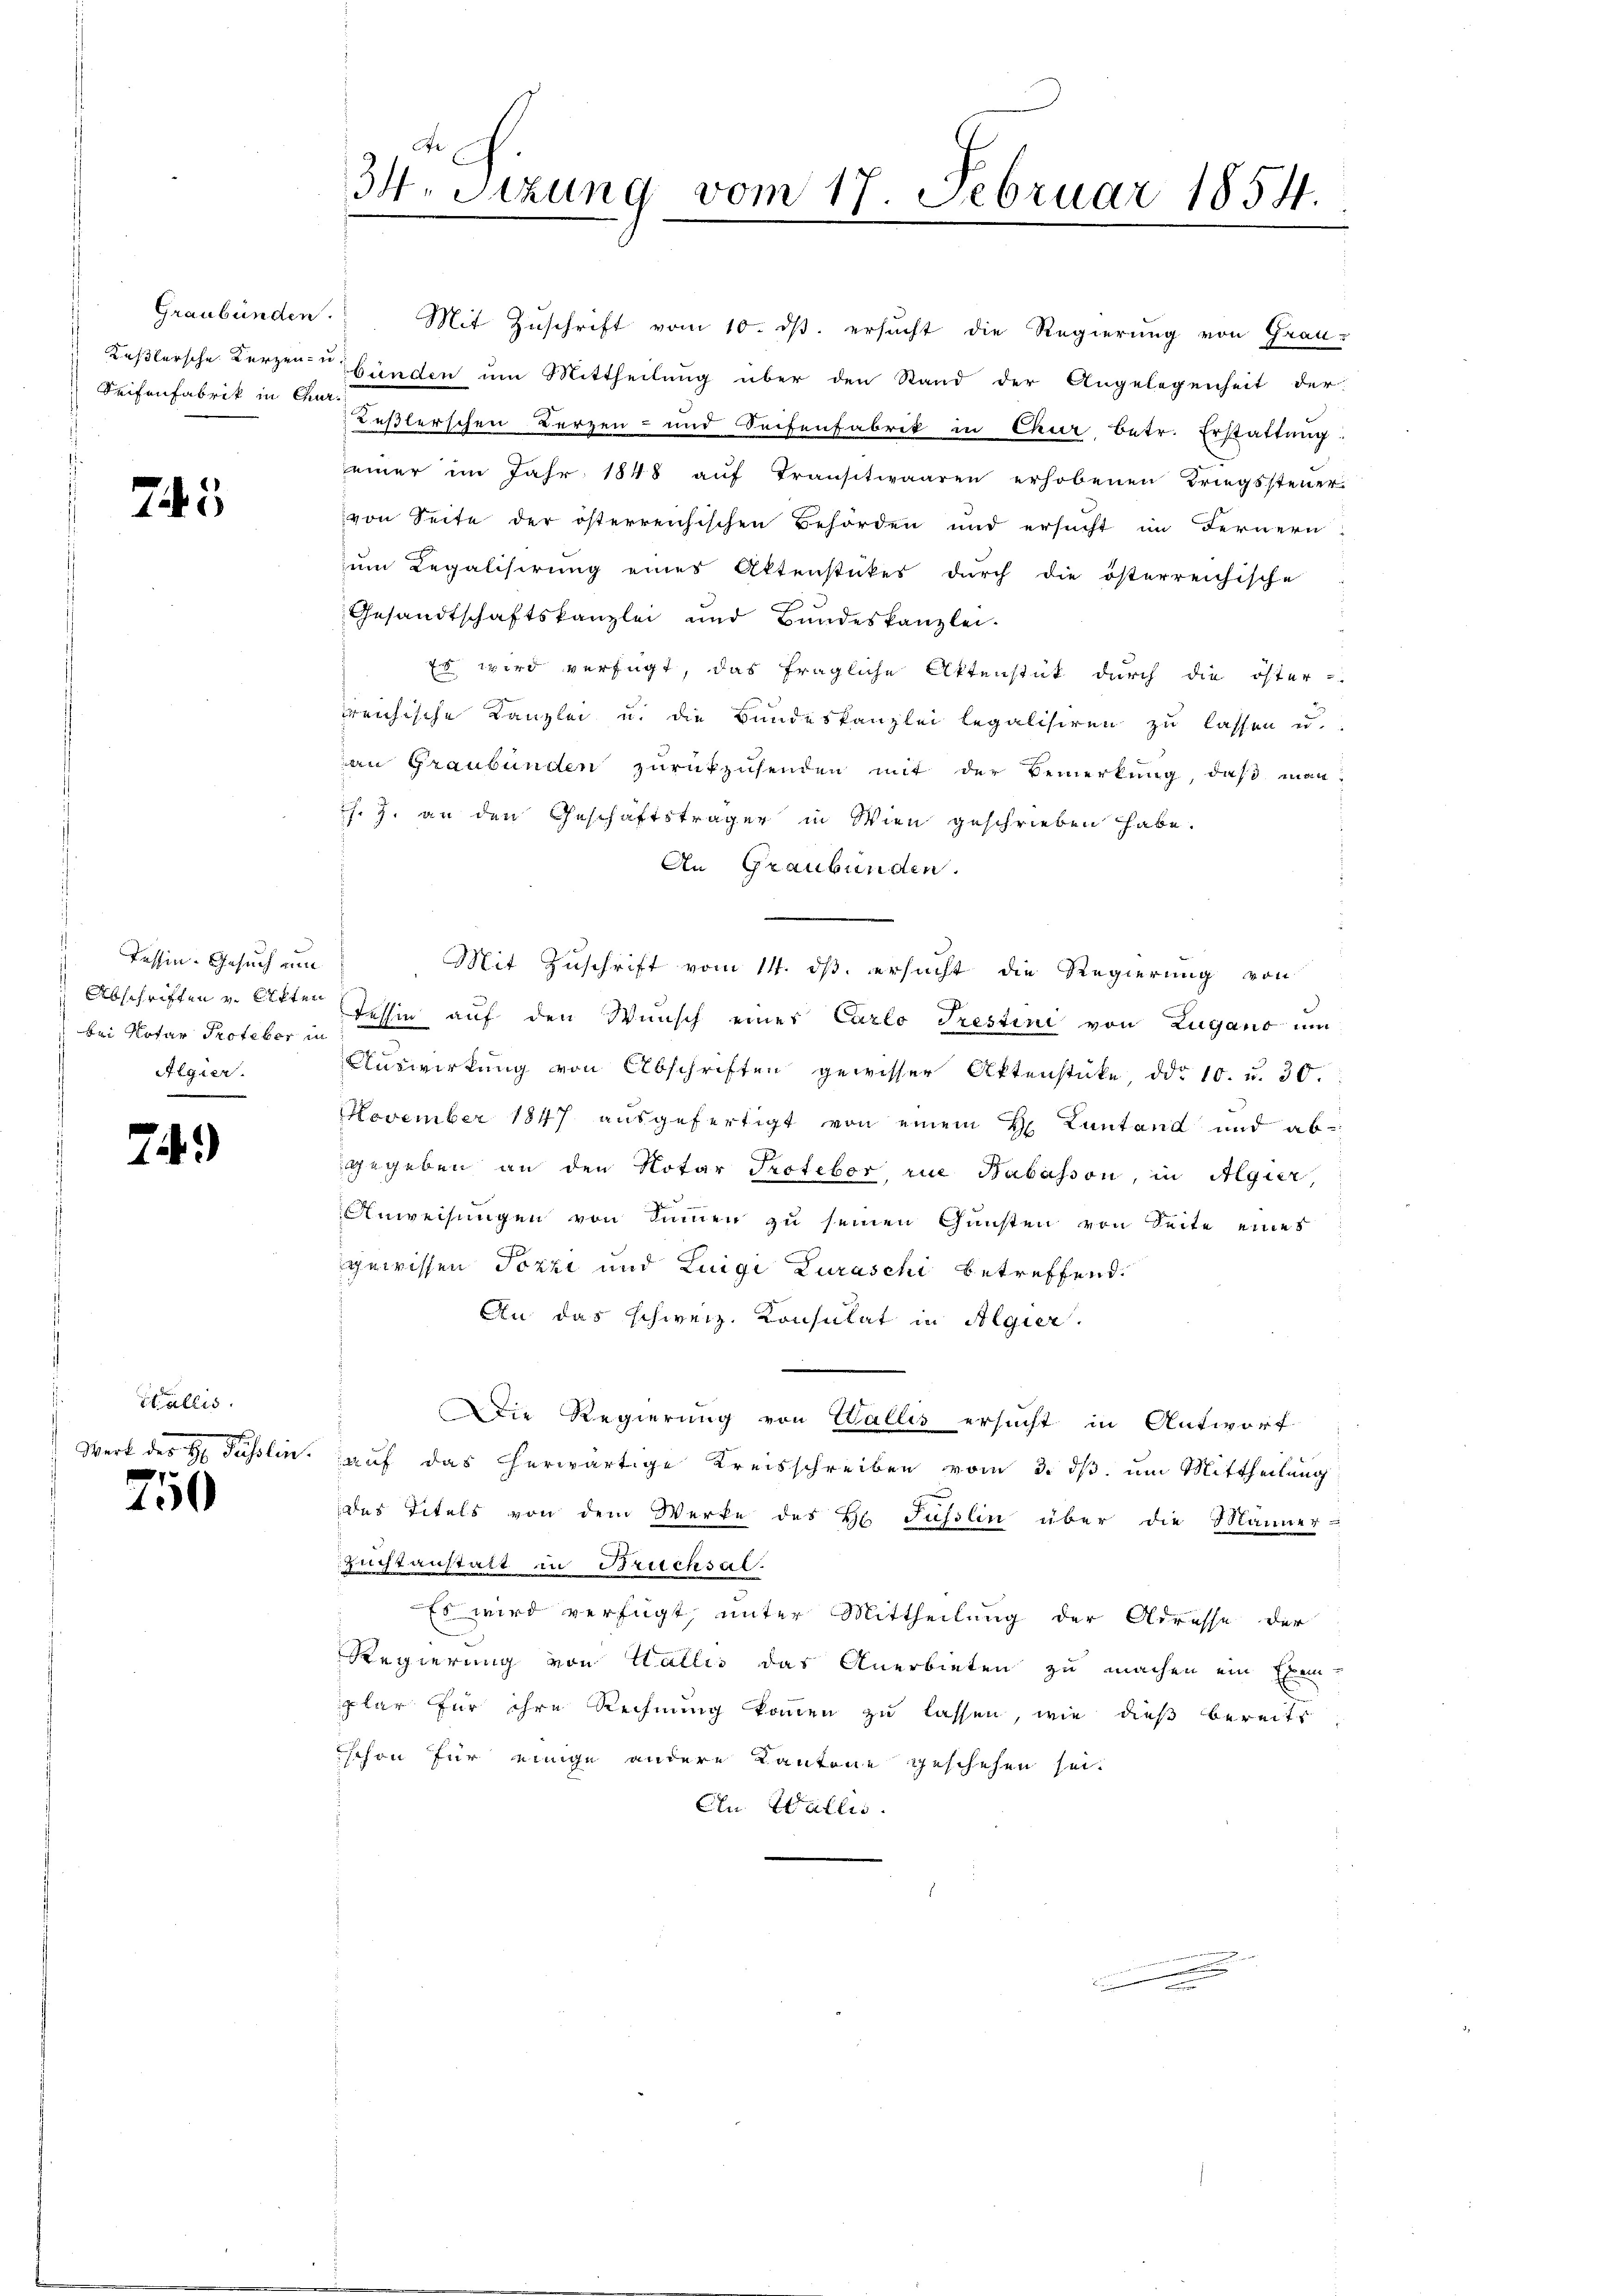
Graubünden.
Reifenfabrik in Chur¬

745

Tessin. Gesuch um
bei Notar Profeßor in
Algier

74.)

Wallis.

g
1

34. Sitzung vom 17. Februar 1854.

Mit Zuschrift vom 10. ds. ersucht die Regierung von Grau-
 Keßlersche Kerzenbünden um Mittheilung über den Stand der Angelegenheit der
deßlerschen Berzen- und Seifenfabrik in Chur betr. Erstattung.
einer im Jahr 1848 aŭf transtwaaren erhobenen Kriegssteŭer-
von Seite der österreichischen Behörden und ersŭcht im Fernern
zum Regalisirung eines Aktenstückes dŭrch die österreichische
Gesandtschaftskanzlei und Bundeskanzlei-
Es wird verfügt, das fragliche Aktenstück durch die öster-
weichische Kanzlei u. die Bundeskanzlei legalisiren zu lassen u.
an Graubünden zurückzusenden mit der Bemerkung, daß man-
J. J. an den Geschäftsträger in Wien geschrieben habe.
An Graubünden.
Mit Zuschrift vom 14. ds. ersucht die Regierung von
Abschriften v. Atten Tessin auf den Wunsch einer Carlo Trestini von Lugano um
Auswirkung von Abschriften gewisser Aktenstücke, ddo 10. u. 30.
November 1847 ausgefertigt von einem H. Kantand und abgegeben an den Notar Proteber die Habasson, in Algier,
Anweisungen von Summen zu seinen Gunsten von Seite eines
gewissen Tozzi und Luigi Kuraschi betreffend.
An das schweiz. Konsulat in Algier.
Die Regierung von Wallis ersucht in Antworf
Werk des H Passlin auf das herwärtige Kreisschreiben vom 3. ds. um Mittheilung
das Titels von dem Werke des H Füsslin über die Männer-
Zuchtanstalt in Brucksal.
Es wird verfügt, unter Mittheilung der Adresse der
Regierung von Halles das Anerbieten zu machen ein Eben-
plar für ihre Rechnung kommen zu lassen, wie dies bereits
schon für einige andere Kantone geschehen sei.
An Wallis.

.
.